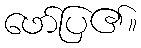
ဖော်ပြ၏။